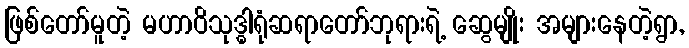
ဖြစ်တော်မူတဲ့ မဟာဝိသုဒ္ဓါရုံဆရာတော်ဘုရားရဲ့ ဆွေမျိုး အများနေတဲ့ရွာ,